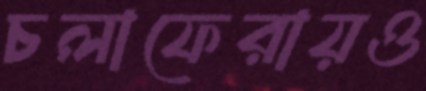
চলাফেরায়ও